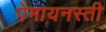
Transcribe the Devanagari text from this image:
पेमायनस्‍ती